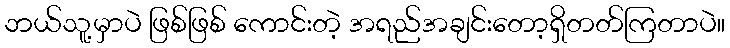
ဘယ်သူ့မှာပဲ ဖြစ်ဖြစ် ကောင်းတဲ့ အရည်အချင်းတော့ရှိတတ်ကြတာပဲ။